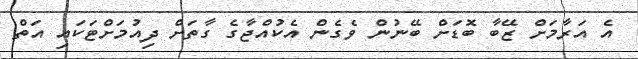
އެ އަރާމަށް ޒޭބާ ބޮޑަށް ބޭނުން ވެގެން އެކުއްޖާގެ ގާތަށް ދިއުމަށްޓަކައި އަތް